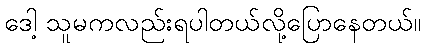
ဒေါ့ သူမကလည်းရပါတယ်လို့ပြောနေတယ်။